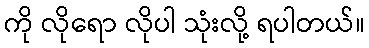
ကို လိုရော လိုပါ သုံးလို့ ရပါတယ်။